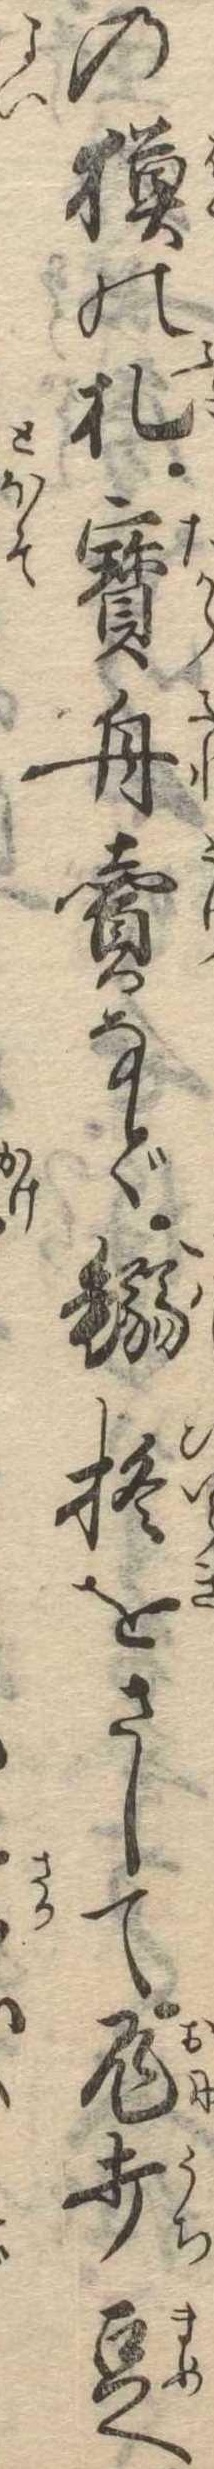
の獏の札宝舟売など鰯柊をさして鬼打豆